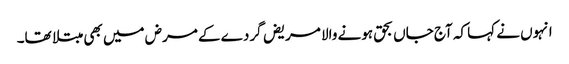
انہوں نے کہا کہ آج جاں بحق ہونے والا مریض گردے کے مرض میں بھی مبتلا تھا۔